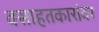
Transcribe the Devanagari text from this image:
वसाहतकारांवर